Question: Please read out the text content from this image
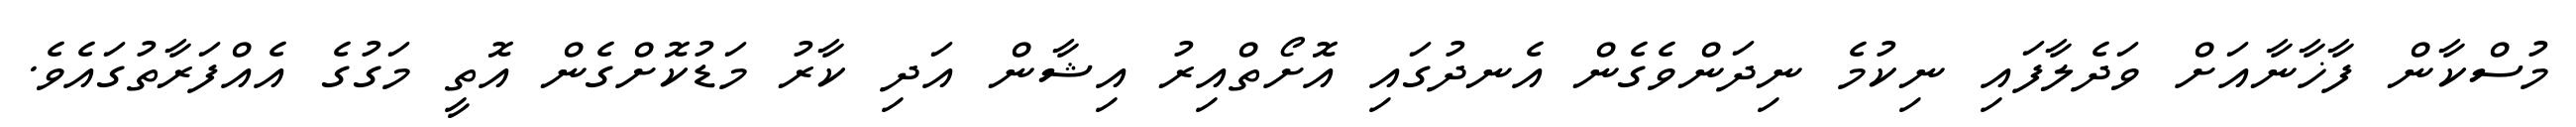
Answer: މުސްކާން ފާޚާނާއަށް ވަދެލާފައި ނިކުމެ ނިދަންވެގެން އެނދުގައި އޮށޯތްއިރު އިޝާން އަދި ކާރު މަޑުކޮށްގެން އޮތީ މަގުގެ އެއްފަރާތުގައެވެ.